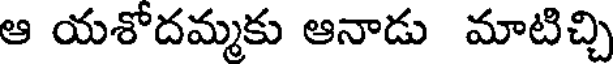
ఆ యశోదమ్మకు ఆనాడు మాటిచ్చి